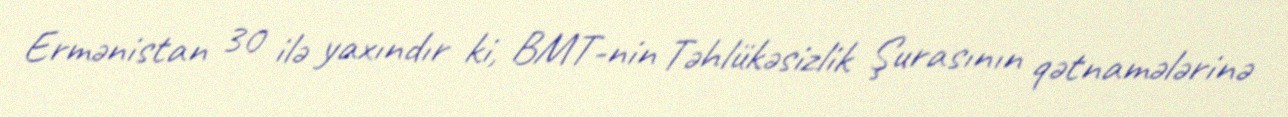
Ermənistan 30 ilə yaxındır ki, BMT-nin Təhlükəsizlik Şurasının qətnamələrinə